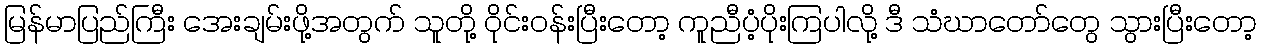
မြန်မာပြည်ကြီး အေးချမ်းဖို့အတွက် သူတို့ ဝိုင်းဝန်းပြီးတော့ ကူညီပံ့ပိုးကြပါလို့ ဒီ သံဃာတော်တွေ သွားပြီးတော့